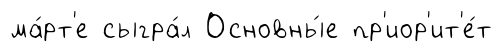
ма́рт'е сыгра́л Основны́е пр'иор'ит'е́т